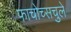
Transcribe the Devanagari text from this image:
फाचोच्सचुले